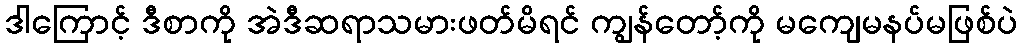
ဒါကြောင့် ဒီစာကို အဲဒီဆရာသမားဖတ်မိရင် ကျွန်တော့်ကို မကျေမနပ်မဖြစ်ပဲ